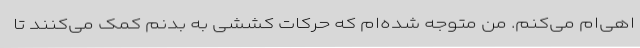
اهی‌ام می‌کنم. من متوجه شده‌ام که حرکات کششی به بدنم کمک می‌کنند تا